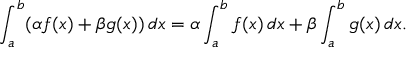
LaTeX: \int _ { a } ^ { b } ( \alpha f ( x ) + \beta g ( x ) ) \, d x = \alpha \int _ { a } ^ { b } f ( x ) \, d x + \beta \int _ { a } ^ { b } g ( x ) \, d x .